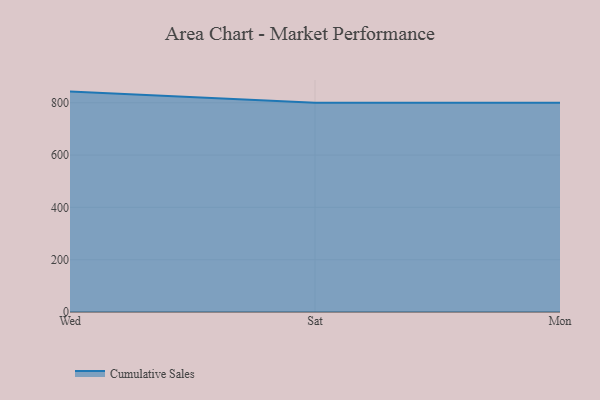
{"axis": {"x": "Day", "y": "Demand Index"}, "legend": ["Cumulative Sales"], "data": [{"x": "Wed", "y": 842.6, "type": "Cumulative Sales"}, {"x": "Sat", "y": 800, "type": "Cumulative Sales"}, {"x": "Mon", "y": 800, "type": "Cumulative Sales"}]}